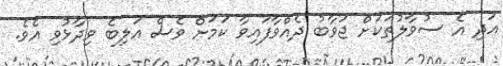
އަދި އެ ސުވާލުތަކަށް ޖަވާބު ދެއްވާފައިވާ ކަމަށް ވެސް އަލިބެ ވިދާޅުވި އެވެ.